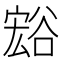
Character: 𲂙